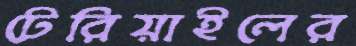
টেরিয়াইলের